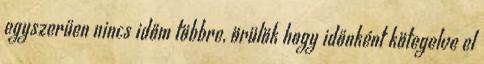
egyszerűen nincs időm többre, örülök hogy időnként kötegelve el